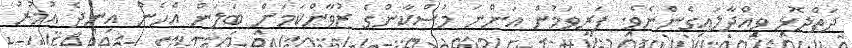
ދަތްދޮޅި ވިއްދާލައިގެންނެވެ. ފަރިވަމުން އަންނަ މުސްކާންގެ ޒުވާންކަމަށް ބަލަން އެހެން އިނދެ އުމުރު